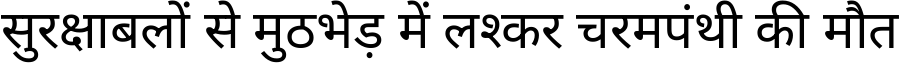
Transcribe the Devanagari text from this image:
सुरक्षाबलों से मुठभेड़ में लश्कर चरमपंथी की मौत